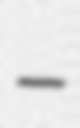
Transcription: –